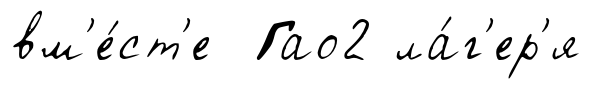
вм'е́ст'е Гао2 ла́г'ер'я